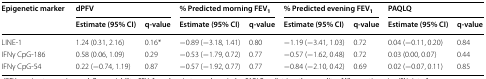
<table><thead><tr><td rowspan="2"><b>Epigenetic marker</b></td><td colspan="2"><b>dPFV</b></td><td colspan="2"><b>% Predicted morning FEV<sub>1</sub></b></td><td colspan="2"><b>% Predicted evening FEV<sub>1</sub></b></td><td colspan="2"><b>PAQLQ</b></td></tr><tr><td><b>Estimate (95% CI)</b></td><td><b>q-value</b></td><td><b>Estimate (95% CI)</b></td><td><b>q-value</b></td><td><b>Estimate (95% CI)</b></td><td><b>q-value</b></td><td><b>Estimate (95% CI)</b></td><td><b>q-value</b></td></tr></thead><tbody><tr><td>LINE-1</td><td>1.24 (0.31, 2.16)</td><td>0.16*</td><td>−0.89 (−3.18, 1.41)</td><td>0.80</td><td>−1.19 (−3.41, 1.03)</td><td>0.72</td><td>0.04 (−0.11, 0.20)</td><td>0.84</td></tr><tr><td>IFNγ CpG-186</td><td>0.58 (0.06, 1.09)</td><td>0.29</td><td>−0.53 (−1.79, 0.72)</td><td>0.77</td><td>−0.57 (−1.62, 0.48)</td><td>0.72</td><td>0.03 (0.00, 0.07)</td><td>0.44</td></tr><tr><td>IFNγ CpG-54</td><td>0.22 (−0.74, 1.19)</td><td>0.87</td><td>−0.57 (−1.92, 0.77)</td><td>0.77</td><td>−0.84 (−2.10, 0.42)</td><td>0.69</td><td>0.02 (−0.07, 0.11)</td><td>0.85</td></tr></tbody></table>